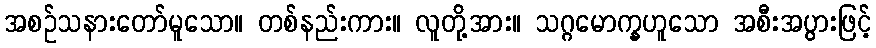
အစဉ်သနားတော်မူသော။ တစ်နည်းကား။ လူတို့အား။ သဂ္ဂမောက္ခဟူသော အစီးအပွားဖြင့်